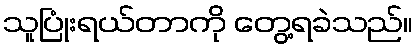
သူပြုံးရယ်တာကို တွေ့ရခဲသည်။